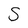
Character: S